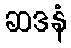
ဆဒနံ